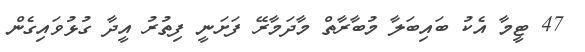
47 ޓީމާ އެކު ބައިބަލާ މުބާރާތް މާދަމާރޭ ފަށަނީ ފިތުރު އީދާ ގުޅުވައިގެން